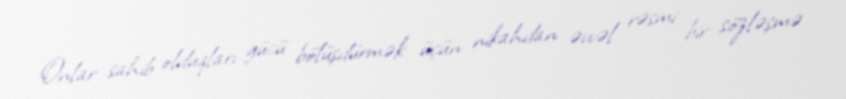
Onlar sahib olduqları gücü bölüşdürmək üçün nikahdan əvvəl rəsmi bir sözləşmə